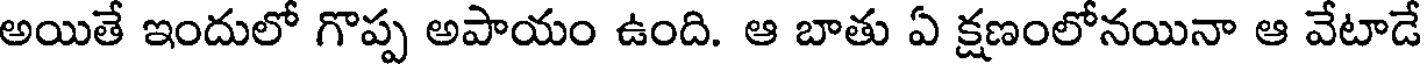
అయితే ఇందులో గొప్ప అపాయం ఉంది. ఆ బాతు ఏ క్షణంలోనయినా ఆ వేటాడే